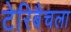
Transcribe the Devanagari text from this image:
टेरिबैचला